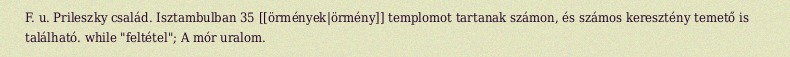
F. u. Prileszky család. Isztambulban 35 [[örmények|örmény]] templomot tartanak számon, és számos keresztény temető is található. while "feltétel"; A mór uralom.